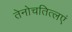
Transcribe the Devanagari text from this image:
तेनोचतित्लएं